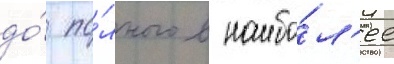
до́ по́лного в наибо́л'ее